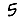
Digit: 5